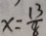
x = \frac { 1 3 } { 8 }